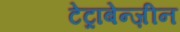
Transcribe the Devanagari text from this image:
टेट्राबेन्ज़ीन